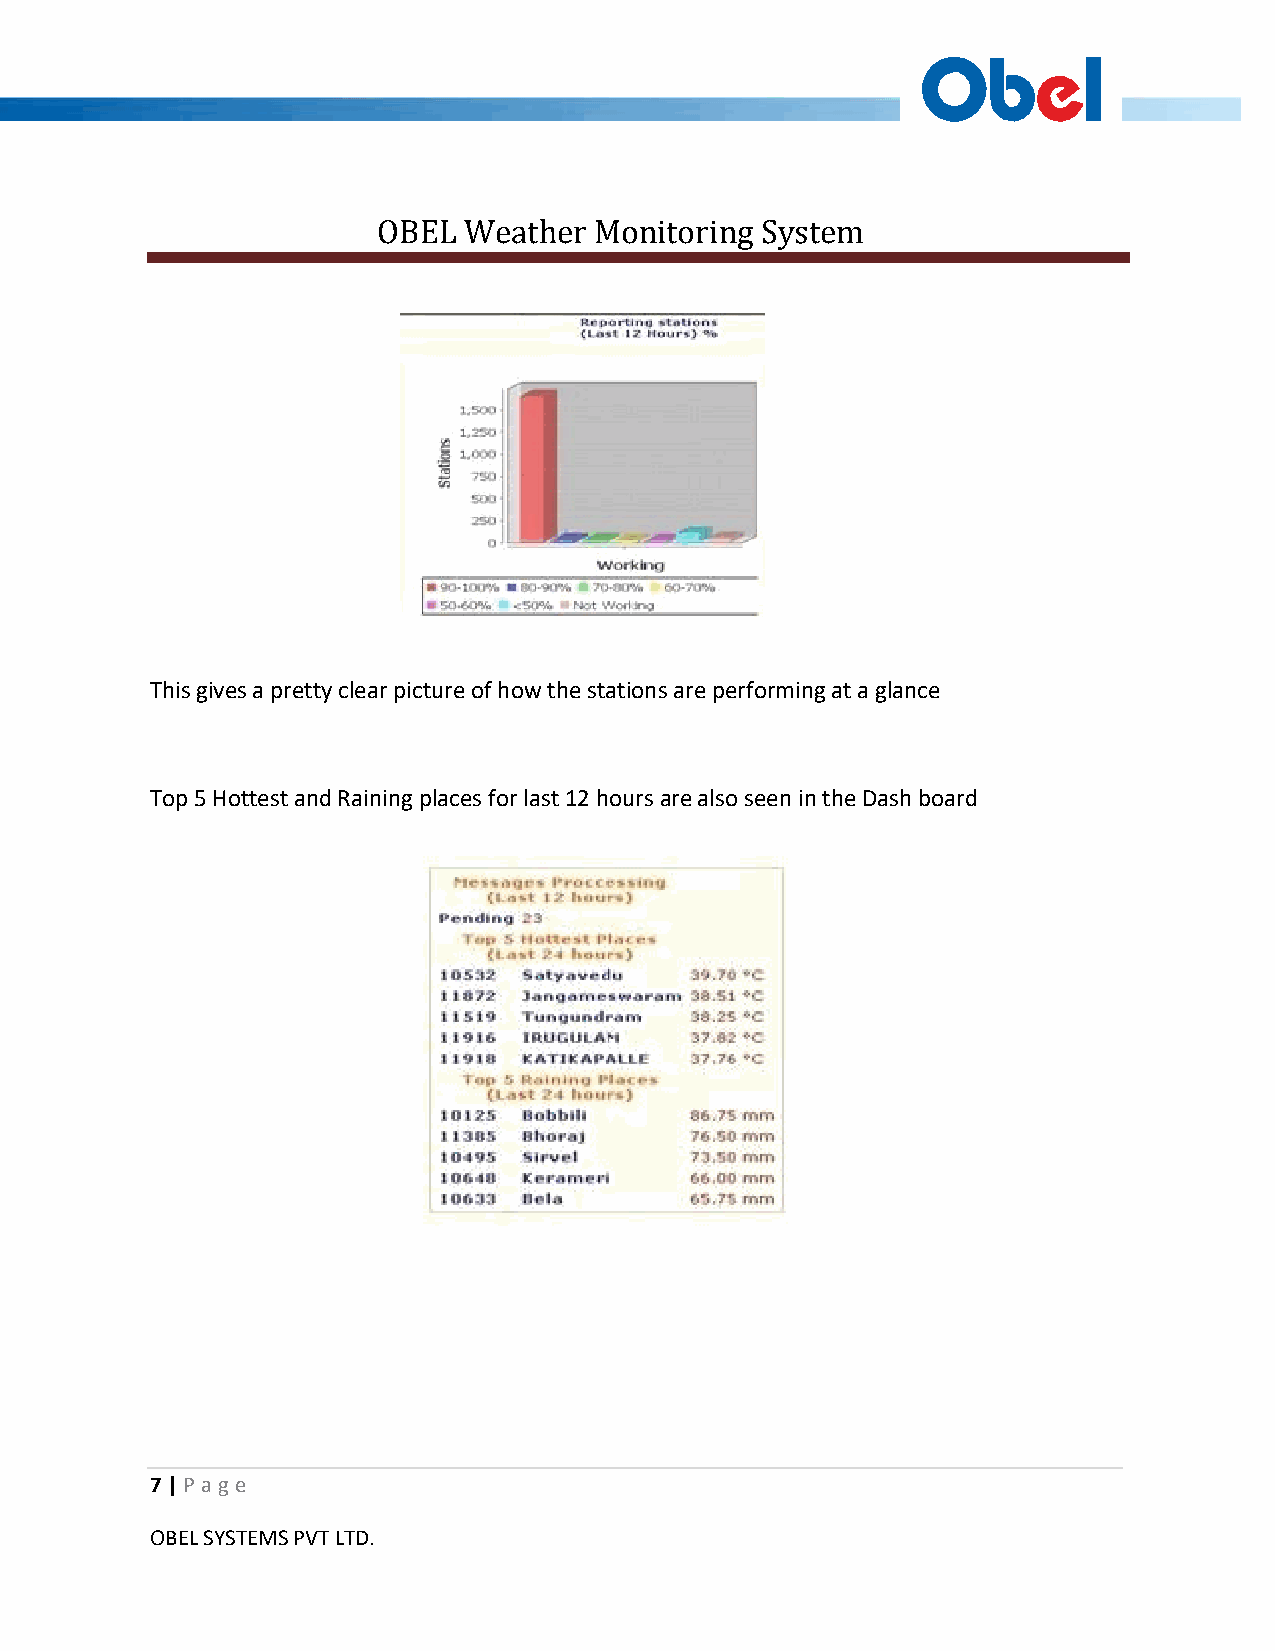
OBEL  Weather Monitoring System
 This gives a pretty clear picture of how the stations are performing at a glance
 Top 5 Hottest and Raining places for last 12 hours are also seen in the Dash board
 7 | P ag e
 OBEL SYSTEMS PVT LTD.